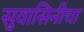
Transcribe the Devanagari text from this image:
सुवासिनीचा